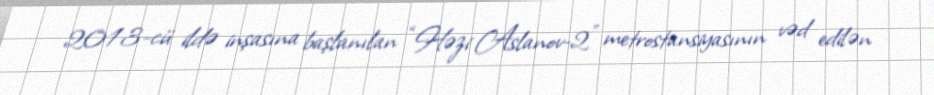
2013-cü ildə inşasına başlanılan “Həzi Aslanov-2” metrostansiyasının vəd edilən